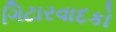
ગિટારવાદકો